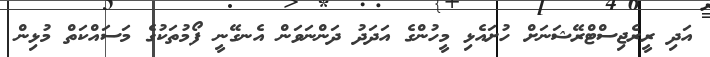
އަދި ރީރެޖިސްޓްރޭޝަނަށް ހުށައެޅި މީހުންގެ އަދަދު ދަންނަވަން އެނގޭނީ ފޯމުތަކުގެ މަސައްކަތް މުޅިން